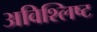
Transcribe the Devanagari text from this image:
अविश्लिष्ट